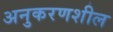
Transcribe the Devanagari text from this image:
अनुकरणशील